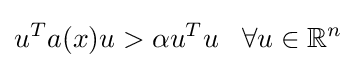
u^{T}a(x)u>\alpha u^{T}u\;\;\;\forall u\in \mathbb {R} ^{n}